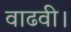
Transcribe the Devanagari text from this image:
वाढवी।